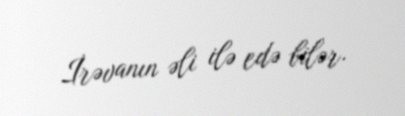
İrəvanın əli ilə edə bilər.